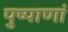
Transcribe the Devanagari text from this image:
पुष्पाणां